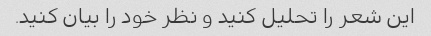
این شعر را تحلیل کنید و نظر خود را بیان کنید.